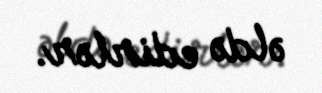
əldə edirlər.